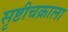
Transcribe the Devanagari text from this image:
सृष्टीचक्राला